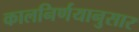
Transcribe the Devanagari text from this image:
कालनिर्णयानुसार